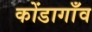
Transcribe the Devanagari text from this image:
कोंडागाँव